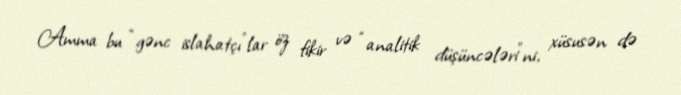
Amma bu “gənc islahatçı”lar öz fikir və “analitik düşüncələri”ni, xüsusən də